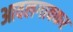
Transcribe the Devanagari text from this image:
आवलगावकर